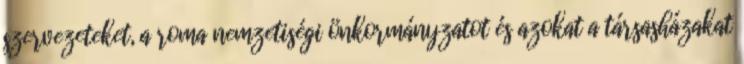
szervezeteket, a roma nemzetiségi önkormányzatot és azokat a társasházakat